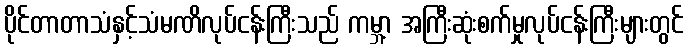
ပိုင်တာတာသံနှင့်သံမဏိလုပ်ငန်းကြီးသည် ကမ္ဘာ့ အကြီးဆုံးစက်မှုလုပ်ငန်းကြီးများတွင်